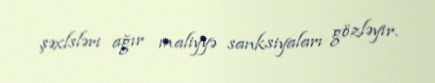
şəxlsləri ağır maliyyə sanksiyaları gözləyir.